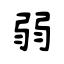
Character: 弱